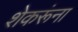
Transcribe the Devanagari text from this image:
शेकरूंना